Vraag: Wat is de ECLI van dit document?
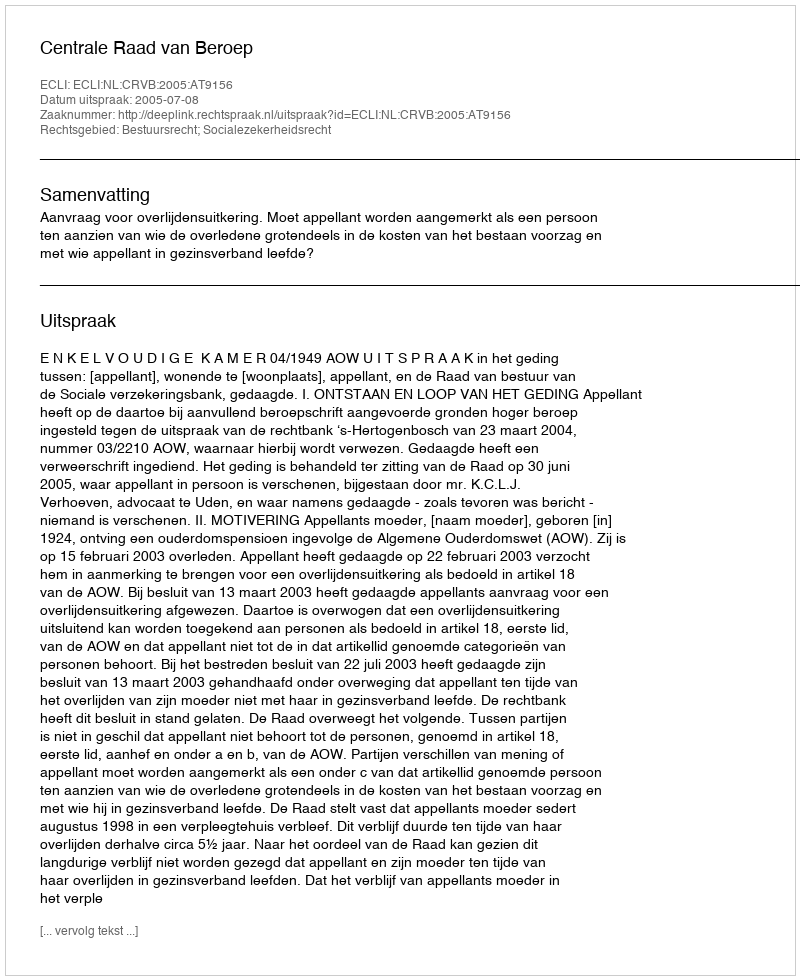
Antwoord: ECLI:NL:CRVB:2005:AT9156